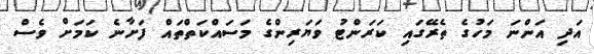
އަދި އަންނަ މަހުގެ ތެރޭގައި ކަރަންޓު ވަޔަރިންގެ މަސައްކަތްތައް ފަށާނެ ކަމަށް ވެސް